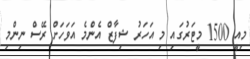
މިއީ 1500 މީޓަރުގައި މި އަހަރު ޝިފާޒް އެންމެ އަވަހަށް ރޭސް ނިންމި